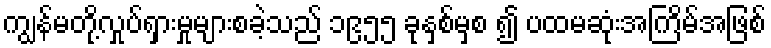
ကျွန်မတို့လှုပ်ရှားမှုများစခဲ့သည် ၁၉၅၅ ခုနှစ်မှစ ၍ ပထမဆုံးအကြိမ်အဖြစ်